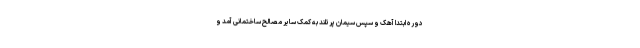
دوره ابتدا آهک و سپس سیمان پرتلند به کمک سایر مصالح ساختمانی آمد و